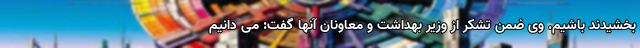
بخشیدند باشیم. وی ضمن تشکر از وزیر بهداشت و معاونان آنها گفت: می دانیم